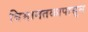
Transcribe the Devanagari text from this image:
विमानतळापासुन